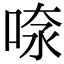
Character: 𠶫